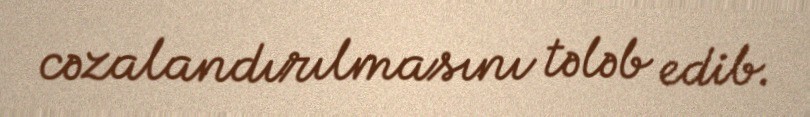
cəzalandırılmasını tələb edib.